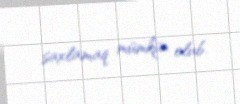
saxlamaq mümkün olub.